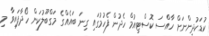
ކުޑަކުދިންނަށް ހާއްސަ ކޮސްޓިއުމް ހެދުން ފެހުމުގައި ގިނަ ބައެއްގެ މަގްބޫލުކަން ހޯދާފައިވާ މި